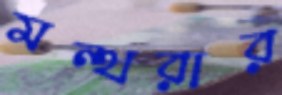
মন্থরার